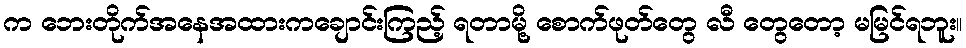
က ဘေးတိုက်အနေအထားကချောင်းကြည့် ရတာမို့ စောက်ဖုတ်တွေ လီ တွေတော့ မမြင်ရဘူး။